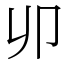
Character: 𠨍